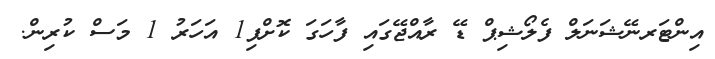
އިންޓަރނޭޝަނަލް ފެލޯޝިޕް ޑޭ ރާއްޖޭގައި ފާހަގަ ކޮށްފި1 އަހަރު 1 މަސް ކުރިން.